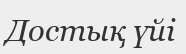
Достық үйі